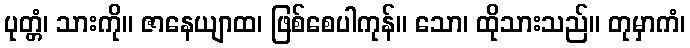
ပုတ္တံ၊ သားကို။ ဇာနေယျာထ၊ ဖြစ်စေပါကုန်။ သော၊ ထိုသားသည်။ တုမှာကံ၊